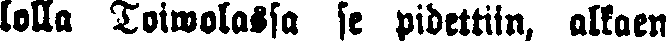
lolla Toiwolassa se pidettiin, alkaen